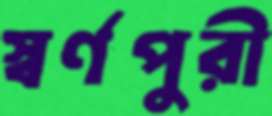
স্বর্ণপুরী